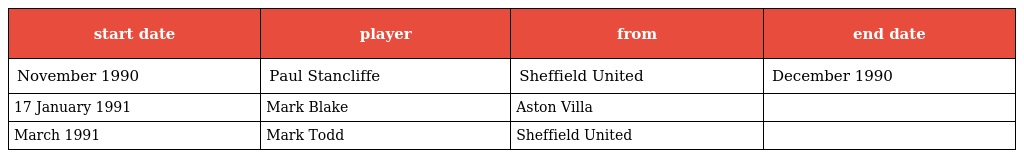
| start date | player | from | end date |
 | --- | --- | --- | --- |
 | November 1990 | Paul Stancliffe | Sheffield United | December 1990 |
 | 17 January 1991 | Mark Blake | Aston Villa |  |
 | March 1991 | Mark Todd | Sheffield United |  |